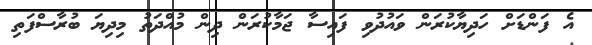
އެ ފަންޑަށް ހަދިޔާކުރަން ވައުދުވި ފައިސާ ޖަމާކުރަން ދިން މުއްދަތު މިދިޔަ ބުރާސްފަތި